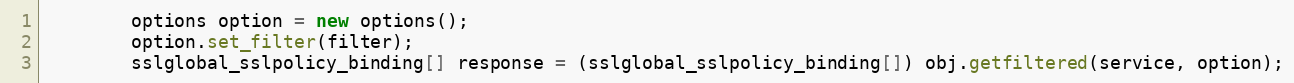
Language: Java
		options option = new options();
		option.set_filter(filter);
		sslglobal_sslpolicy_binding[] response = (sslglobal_sslpolicy_binding[]) obj.getfiltered(service, option);